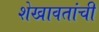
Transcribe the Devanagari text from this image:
शेखावतांची